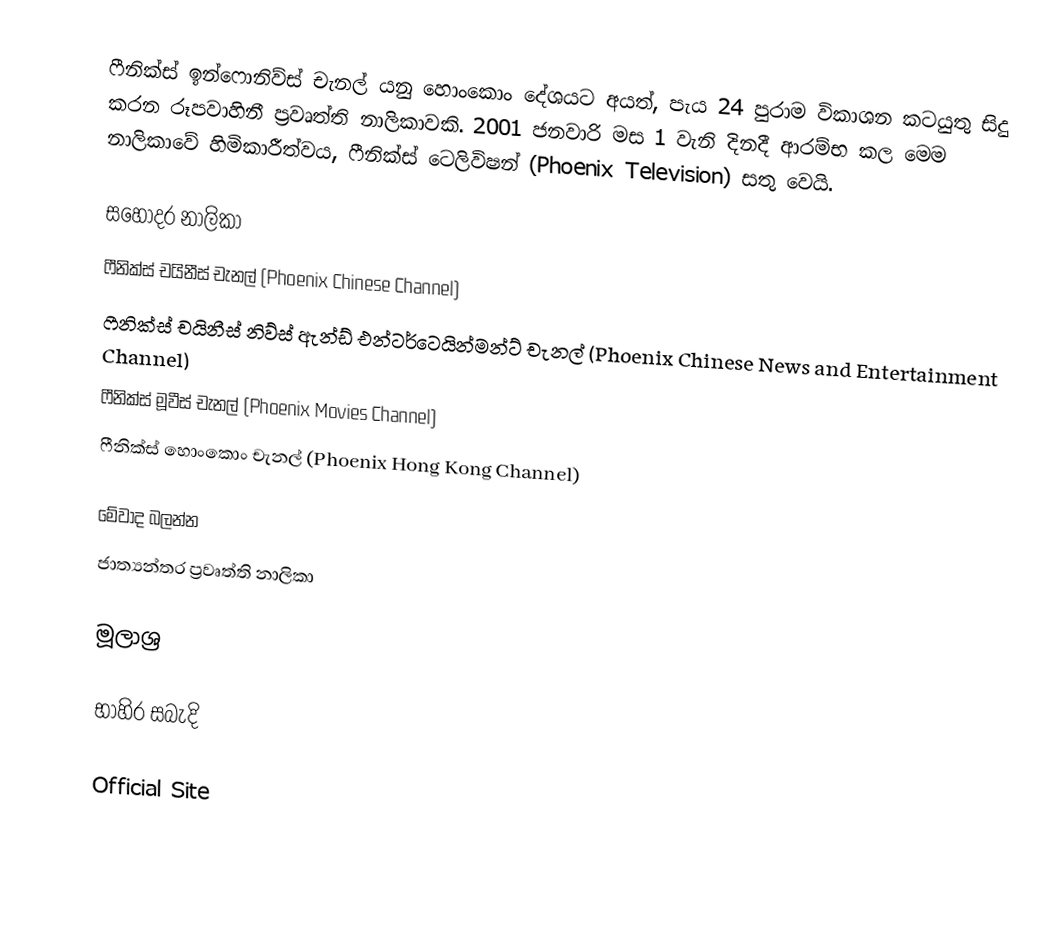
ෆීනික්ස් ඉන්ෆොනිව්ස් චැනල් යනු හොංකොං දේශයට අයත්, පැය 24 පුරාම විකාශන කටයුතු සිදු කරන රූපවාහිනී ප්‍රවෘත්ති නාලිකාවකි. 2001 ජනවාරි මස 1 වැනි දිනදී ආරම්භ කල මෙම නාලිකාවේ හිමිකාරීත්වය, ෆීනික්ස් ටෙලිවිෂන් (Phoenix Television) සතු වෙයි.

සහෝදර නාලිකා
ෆීනික්ස් චයිනීස් චැනල් (Phoenix Chinese Channel)
ෆීනික්ස් චයිනීස් නිව්ස් ඇන්ඩ් එන්ටර්ටෙයින්මන්ට් චැනල් (Phoenix Chinese News and Entertainment Channel)
ෆීනික්ස් මූවීස් චැනල් (Phoenix Movies Channel)
ෆීනික්ස් හොංකොං චැනල් (Phoenix Hong Kong Channel)

මේවාද බලන්න
 ජාත්‍යන්තර ප්‍රවෘත්ති නාලිකා

මූලාශ්‍ර

භාහිර සබැදි

 Official Site